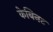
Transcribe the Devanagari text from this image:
केबिनट